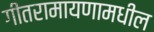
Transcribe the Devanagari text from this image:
गीतरामायणामधील